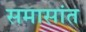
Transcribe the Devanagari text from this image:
समासांत